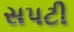
સપટી